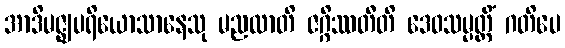
အာဒိမဇ္ဈပရိယောသာနေသု မညထာတိ ဇဂ္ဂိဿတီတိ ဒေဝသမ္ပတ္တိံ ဂတိပေ